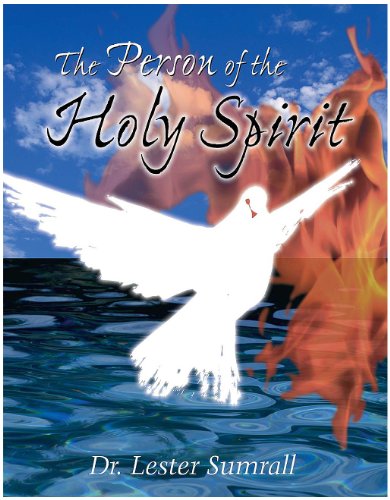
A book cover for The Person of the Holy Spirit Study Guide; Lester Frank Sumrall; Christian Books & Bibles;